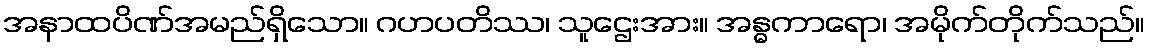
အနာထပိဏ်အမည်ရှိသော။ ဂဟပတိဿ၊ သူဌေးအား။ အန္ဓကာရော၊ အမိုက်တိုက်သည်။